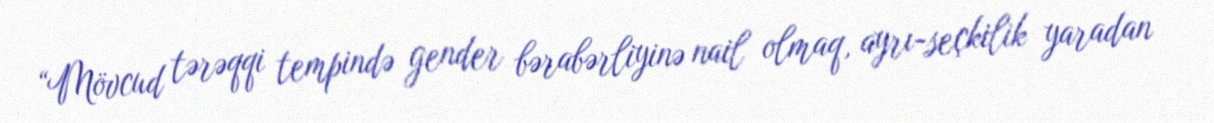
“Mövcud tərəqqi tempində gender bərabərliyinə nail olmaq, ayrı-seçkilik yaradan